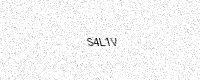
Text: S4L1V